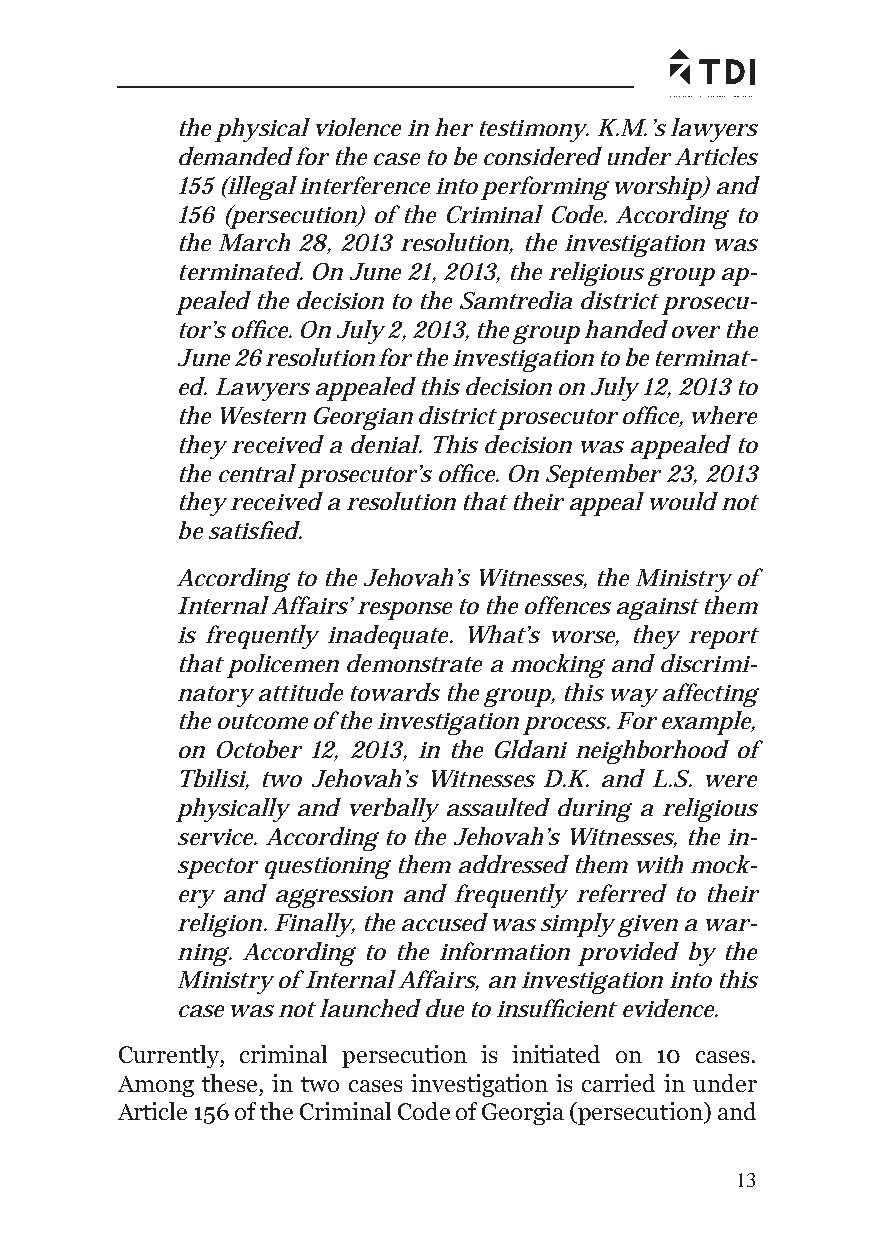
the physical violence in her testimony. K.M.’s lawyers
 demanded for the case to be considered under Articles
 155 (illegal interference into performing worship) and
 156 (persecution) of the Criminal Code. According to
 the March 28, 2013 resolution, the investigation was
 terminated. On June 21, 2013, the religious group ap-
 pealed the decision to the Samtredia district prosecu-
 tor’s offi ce. On July 2, 2013, the group handed over the
 June 26 resolution for the investigation to be terminat-
 ed. Lawyers appealed this decision on July 12, 2013 to
 the Western Georgian district prosecutor offi ce, where
 they received a denial. This decision was appealed to
 the central prosecutor’s offi ce. On September 23, 2013
 they received a resolution that their appeal would not
 be satisfi ed.
 According to the Jehovah’s Witnesses, the Ministry of
 Internal Affairs’ response to the offences against them
 is frequently inadequate. What’s worse, they report
 that policemen demonstrate a mocking and discrimi-
 natory attitude towards the group, this way affecting
 the outcome of the investigation process. For example,
 on October 12, 2013, in the Gldani neighborhood of
 Tbilisi, two Jehovah’s Witnesses D.K. and L.S. were
 physically and verbally assaulted during a religious
 service. According to the Jehovah’s Witnesses, the in-
 spector questioning them addressed them with mock-
 ery and aggression and frequently referred to their
 religion. Finally, the accused was simply given a war-
 ning. According to the information provided by the
 Ministry of Internal Affairs, an investigation into this
 case was not launched due to insuffi cient evidence.
 Currently, criminal persecution is initiated on 10 cases.
 Among these, in two cases investigation is carried in under
 Article 156 of the Criminal Code of Georgia (persecution) and
 13